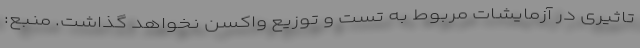
تاثیری در آزمایشات مربوط به تست و توزیع واکسن نخواهد گذاشت. منبع: